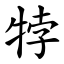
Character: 㹀